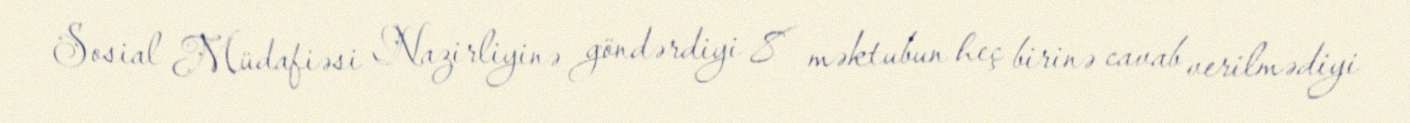
Sosial Müdafiəsi Nazirliyinə göndərdiyi 8 məktubun heç birinə cavab verilmədiyi